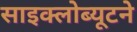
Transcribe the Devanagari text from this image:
साइक्लोब्यूटने